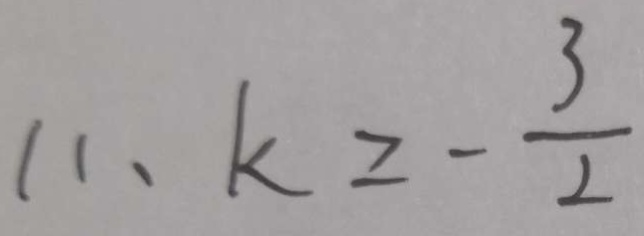
1 1 . k \geq - \frac { 3 } { 2 }